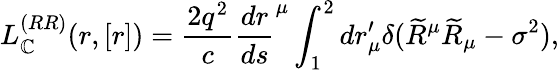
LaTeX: L_{\mathbb{C}}^{(RR)}(r,\left[r\right])=\frac{{2q^{2}}}{{c}}\frac{{dr}}{{ds}}^{\mu}\int_{1}^{2}dr_{\mu}^{\prime}\delta(\widetilde{{R}}^{\mu}\widetilde{{R}}_{\mu}-\sigma^{2}),